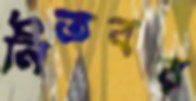
নিতবর